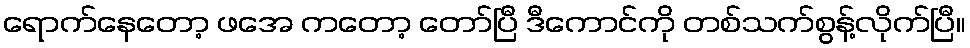
ရောက်နေတော့ ဖအေ ကတော့ တော်ပြီ ဒီကောင်ကို တစ်သက်စွန့်လိုက်ပြီ။